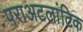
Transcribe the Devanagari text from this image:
पराअटलांटिक